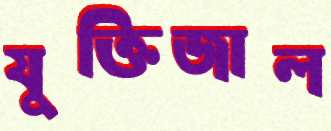
যুক্তিজাল